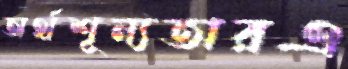
অর্থশূন্যতারএ